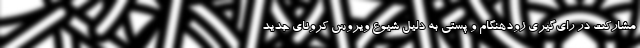
مشارکت در رای‌گیری زودهنگام و پستی به دلیل شیوع ویروس کرونای جدید